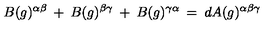
B ( g ) ^ { \alpha \beta } \: + \: B ( g ) ^ { \beta \gamma } \: + \: B ( g ) ^ { \gamma \alpha } \: = \: d A ( g ) ^ { \alpha \beta \gamma }